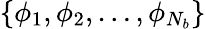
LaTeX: \left\{ \phi_{1},\phi_{2},\ldots,\phi_{N_{b}}\right\}